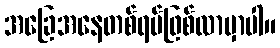
အခြေအနေတစ်ရပ်ဖြစ်လာမှာပါ။